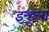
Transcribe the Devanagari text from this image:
इन्डुला